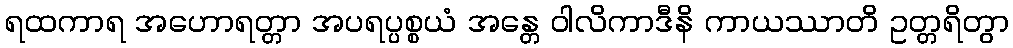
ရထကာရ အဟောရတ္တာ အပရပ္ပစ္စယံ အန္တေ ဝါလိကာဒီနိ ကာယဿာတိ ဥတ္တရိတွာ